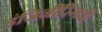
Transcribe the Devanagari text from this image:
इंजिनीरिंगची